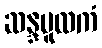
ဆန္ဒမူလကံ